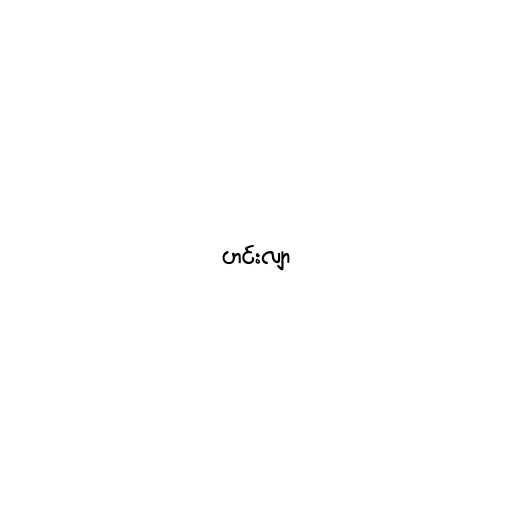
ဟင်းလျာ